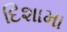
દિશામા